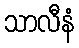
သာလီနံ